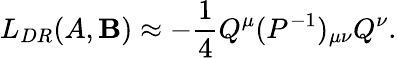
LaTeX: L_{DR}(A,\mathbf{B})\approx-{\frac{{1}}{{4}}}Q^{\mu}(P^{-1})_{\mu\nu}Q^{\nu}.